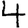
Digit: 4